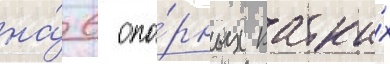
на́ 6 опо́рных катка́х